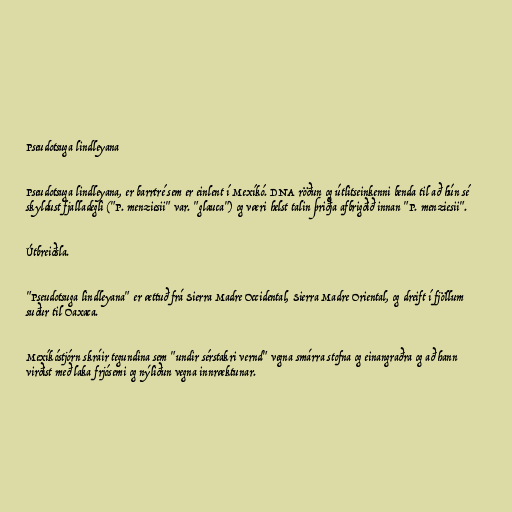
Pseudotsuga lindleyana

Pseudotsuga lindleyana, er barrtré sem er einlent í Mexíkó. DNA röðun og útlitseinkenni benda til að hún sé
skyldust fjalladegli ("P. menziesii" var. "glauca") og væri helst talin þriðja afbrigðið innan "P. menziesii".

Útbreiðsla.

"Pseudotsuga lindleyana" er ættuð frá Sierra Madre Occidental, Sierra Madre Oriental, og dreift í fjöllum
suður til Oaxaca.

Mexíkóstjórn skráir tegundina sem "undir sérstakri vernd" vegna smárra stofna og einangraðra og að hann
virðist með laka frjósemi og nýliðun vegna innræktunar.